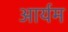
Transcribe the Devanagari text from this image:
आर्यम